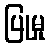
ပြုမှု